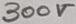
Text: 300V